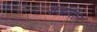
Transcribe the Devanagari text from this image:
राजांतील